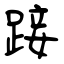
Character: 踥